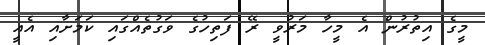
މީގެ އިތުރުން އެ މީހާ މަރުވީ ރޭ ފަތިހުގެ ވަގުތެއްގައި ކަމަށާއި އެއީ